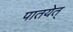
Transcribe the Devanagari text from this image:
पातयेत्